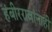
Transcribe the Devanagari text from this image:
हंबीररावांनाही